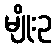
မျိုးဥ